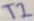
Text: T2